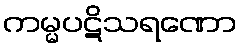
ကမ္မပဋိသရဏော